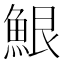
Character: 𮫷